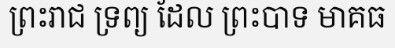
ព្រះរាជ ទ្រព្យ ដែល ព្រះបាទ មាគធ